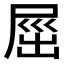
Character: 𡲒